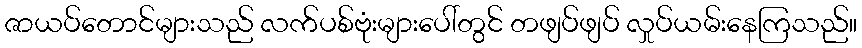
ဇာယပ်တောင်များသည် လက်ပစ်ဗုံးများပေါ်တွင် တဖျပ်ဖျပ် လှုပ်ယမ်းနေကြသည်။